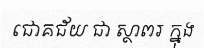
ជោគជ័យ ជា ស្ថាពរ ក្នុង